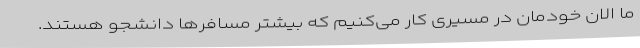
ما الان خودمان در مسیری کار می‌کنیم که بیشتر مسافرها دانشجو هستند.